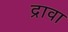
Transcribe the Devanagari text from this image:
द्रावा